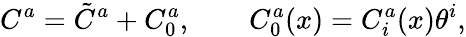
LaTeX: C^{a}=\tilde{C}^{a}+C_{0}^{a},\quad\quad C_{0}^{a}(x)=C_{i}^{a}(x)\theta^{i},